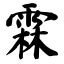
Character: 霖